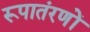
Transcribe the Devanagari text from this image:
रूपातंरणों